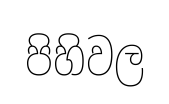
පිහිවල